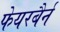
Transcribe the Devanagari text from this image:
फेयरबैर्न